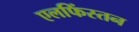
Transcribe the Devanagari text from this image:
एलफिंस्तन